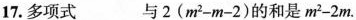
17.多项式 与$$2 ( m ^ { 2 } - m - 2 )$$的和是$$m ^ { 2 } - 2 m$$.